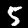
Label: 5